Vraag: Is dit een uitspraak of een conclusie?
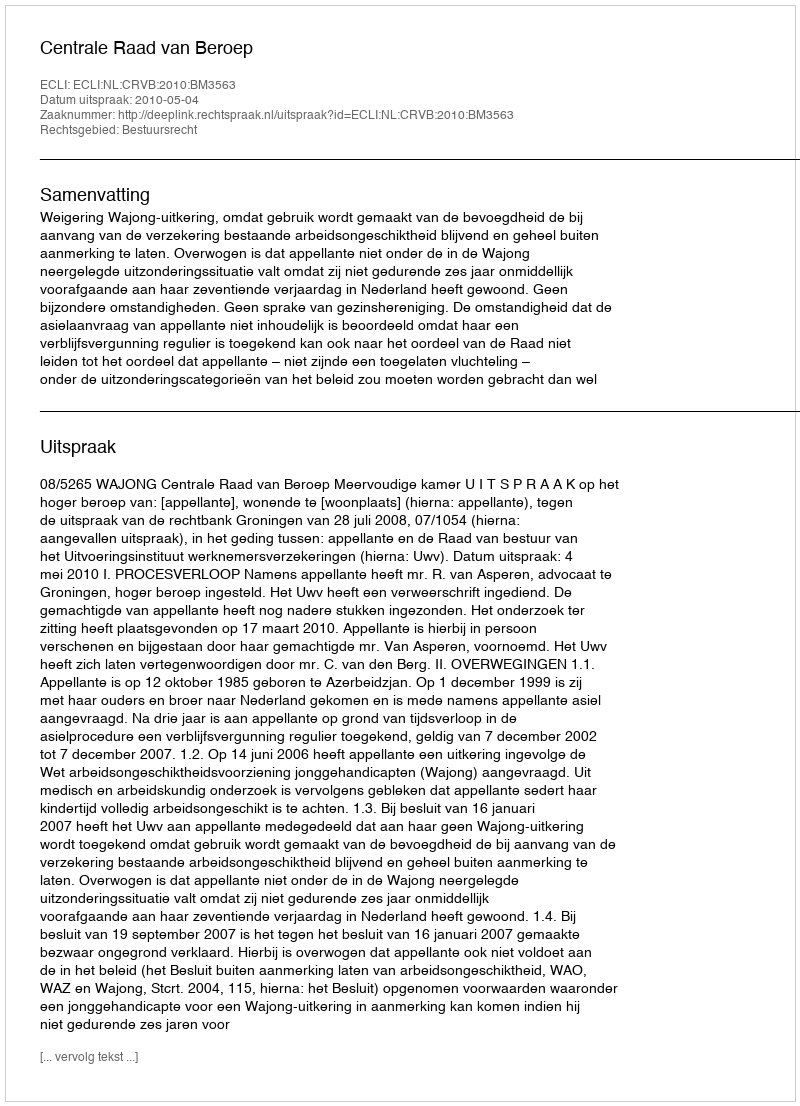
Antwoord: Uitspraak